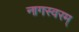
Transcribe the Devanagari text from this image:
नागस्वरम्